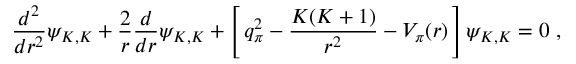
{ \frac { d ^ { 2 } } { d r ^ { 2 } } } \psi _ { K , K } + { \frac { 2 } { r } } { \frac { d } { d r } } \psi _ { K , K } + \left[ \, q _ { \pi } ^ { 2 } - { \frac { K ( K + 1 ) } { r ^ { 2 } } } - V _ { \pi } ( r ) \, \right] \psi _ { K , K } = 0 \ ,